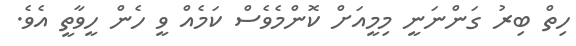
ހިތް ބިރު ގަންނަނީ މިމީއަށް ކޮންމެވެސް ކަމެއް ވީ ހެން ހީވާތީ އެވެ.